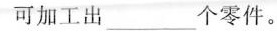
可加工出___个零件。